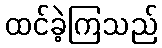
ထင်ခဲ့ကြသည်